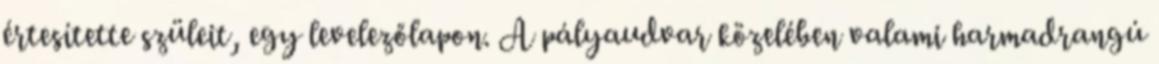
értesítette szüleit, egy levelezőlapon. A pályaudvar közelében valami harmadrangú